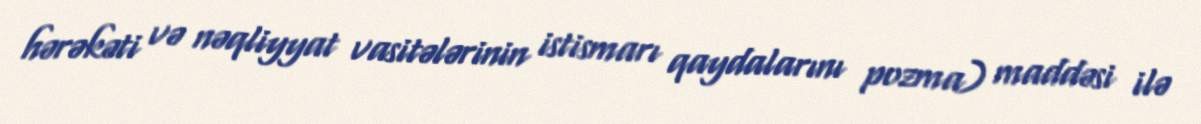
hərəkəti və nəqliyyat vasitələrinin istismarı qaydalarını pozma) maddəsi ilə